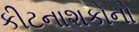
કીટનાશકોનો